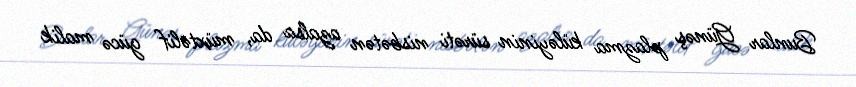
Bunlar Günəş plazma küləyinin sürəti nisbətən azalsa da, müxtəlif gücə malik